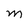
Character: M